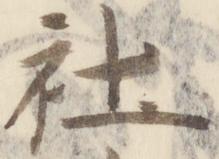
社